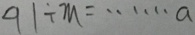
9 1 \div m = \cdots a